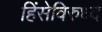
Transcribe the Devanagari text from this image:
हिंसेविरुध्द